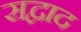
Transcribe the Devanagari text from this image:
सद्वाद